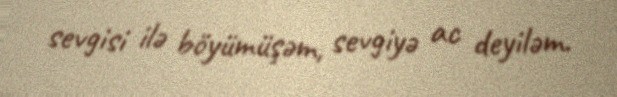
sevgisi ilə böyümüşəm, sevgiyə ac deyiləm.